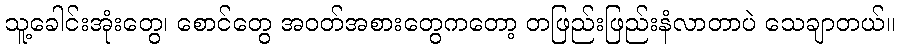
သူ့ခေါင်းအုံးတွေ၊ စောင်တွေ အဝတ်အစားတွေကတော့ တဖြည်းဖြည်းနံလာတာပဲ သေချာတယ်။